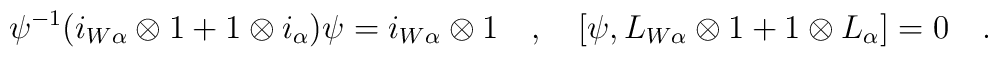
\psi^{-1} (i_{W\alpha}\otimes 1 + 1\otimes i_\alpha)\psi =i_{W\alpha}\otimes 1\quad,\quad[\psi, L_{W\alpha} \otimes 1 + 1\otimes L_\alpha] =0\quad.